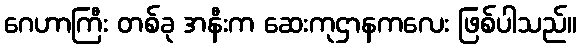
ဂေဟာကြီး တစ်ခု အနီးက ဆေးကုဌာနကလေး ဖြစ်ပါသည်။